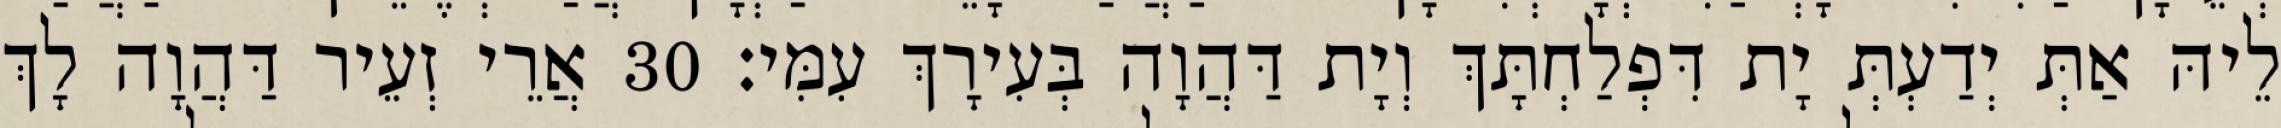
לֵיהּ אַתְּ יְדַעְתְּ יָת דִּפְלַחְתָּךְ וְיָת דַּהֲוָה בְּעִירָךְ עִמִּי׃ 30 אֲרֵי זְעֵיר דַּהֲוָה לָךְ